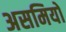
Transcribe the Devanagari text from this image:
असमियों